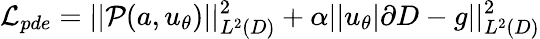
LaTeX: \mathcal{L}_{pde}=||\mathcal{P}(a,u_{\theta})||_{L^{2}(D)}^{2}+\alpha||u_{\theta}|\partial D-g||_{L^{2}(D)}^{2}